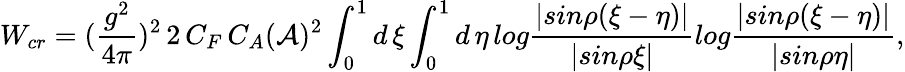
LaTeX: W_{cr}=({\frac{g^{2}}{4\pi}})^{2}\, 2\, C_{F}\, C_{A}({\cal A})^{2}\int_{0}^{1}d\, \xi\int_{0}^{1}d\, \eta\, log{\frac{|sin\rho(\xi-\eta)|}{|sin\rho\xi|}}log{\frac{|sin\rho(\xi-\eta)|}{|sin\rho\eta|}},